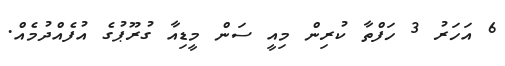
6 އަހަރު 3 ހަފްތާ ކުރިން މިއީ ސަން މީޑިއާ ގުރޫޕުގެ އުފެއްދުމެއް.